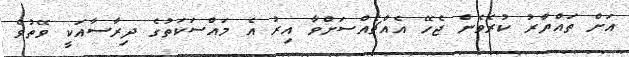
އަށް ތައްޔާރު ކުރެވެން ޖެހޭ އެއްޗެއްސަށްވާ އިރު އެ މައްސަކަތުގެ ދިރާސާއަކީ ވޭތުވެ